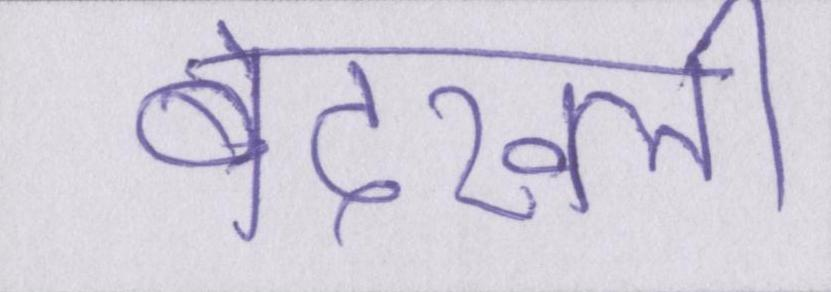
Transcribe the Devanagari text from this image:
बेदख्ली